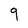
Character: 9